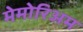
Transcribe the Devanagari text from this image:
मेमोरिअम